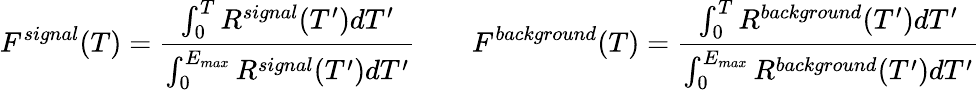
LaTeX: F^{signal}(T)=\frac{\int_{0}^{T}R^{signal}(T^{\prime})dT^{\prime}}{\int_{0}^{E_{max}}R^{signal}(T^{\prime})dT^{\prime}}\qquad F^{background}(T)=\frac{\int_{0}^{T}R^{background}(T^{\prime})dT^{\prime}}{\int_{0}^{E_{max}}R^{background}(T^{\prime})dT^{\prime}}